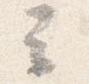
云